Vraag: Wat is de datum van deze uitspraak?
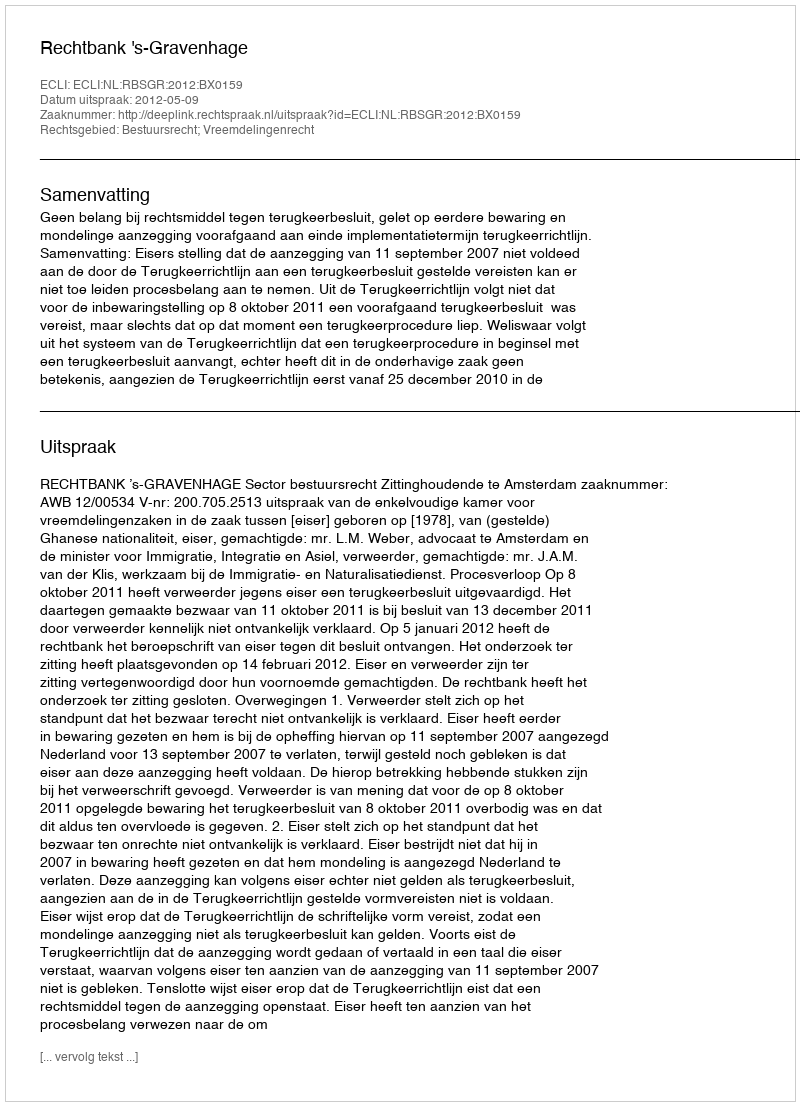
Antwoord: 2012-05-09